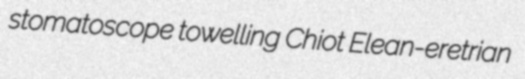
stomatoscope towelling Chiot Elean-eretrian